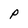
Character: P